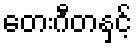
တေးဂီတနှင့်